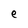
Character: e